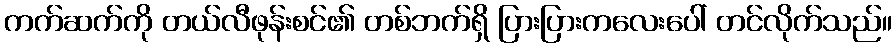
ကက်ဆက်ကို တယ်လီဖုန်းစင်၏ တစ်ဘက်ရှိ ပြားပြားကလေးပေါ် တင်လိုက်သည်။